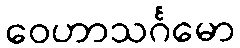
ဝေဟာသင်္ဂမော